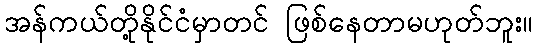
အန်ကယ်တို့နိုင်ငံမှာတင် ဖြစ်နေတာမဟုတ်ဘူး။